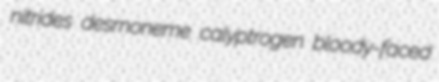
nitrides desmoneme calyptrogen bloody-faced